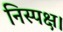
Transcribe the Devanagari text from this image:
निस्पक्ष।